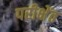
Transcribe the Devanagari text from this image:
परीक्षेंत